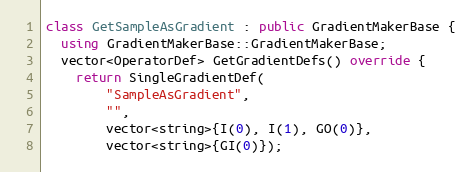
Language: C++
class GetSampleAsGradient : public GradientMakerBase {
  using GradientMakerBase::GradientMakerBase;
  vector<OperatorDef> GetGradientDefs() override {
    return SingleGradientDef(
        "SampleAsGradient",
        "",
        vector<string>{I(0), I(1), GO(0)},
        vector<string>{GI(0)});